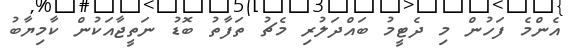
އެންމެ ފަހުން މި ދެޓީމު ބައްދަލުރި މެޗު ތަފާތު ބޮޑު ނަތީޖާއަކުން ކާމިޔާބު